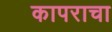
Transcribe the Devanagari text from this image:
कापराचा